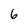
Character: 6